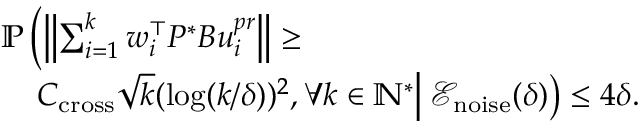
\begin{array} { r l } & { \mathbb { P } \left( \left\| \sum _ { i = 1 } ^ { k } w _ { i } ^ { \top } P ^ { * } B u _ { i } ^ { p r } \right\| \geq \right. } \\ & { \quad \left. \vphantom { \sum _ { i } ^ { i } } C _ { \mathrm { c r o s s } } \sqrt { k } ( \log ( k / \delta ) ) ^ { 2 } , \forall k \in \mathbb { N } ^ { * } \right| \left. \mathcal { E } _ { \mathrm { n o i s e } } ( \delta ) \vphantom { \sum _ { i } ^ { i } } \right) \leq 4 \delta . } \end{array}